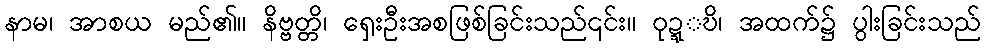
နာမ၊ အာစယ မည်၏။ နိဗ္ဗတ္တိ၊ ရှေးဦးအစဖြစ်ခြင်းသည်၎င်း။ ဝုဍ္ဍ္ဎိ၊ အထက်၌ ပွါးခြင်းသည်